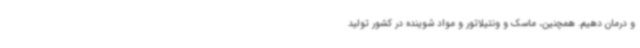
و درمان دهیم. همچنین، ماسک و ونتیلاتور و مواد شوینده در کشور تولید